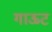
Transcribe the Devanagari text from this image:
गाऊट